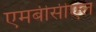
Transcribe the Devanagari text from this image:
एमबीसीएल